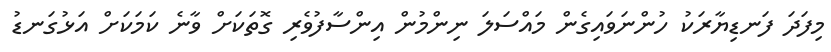
މިފަދަ ފަނޑިޔާރަކު ހުންނަވައިގެން މައްސަލަ ނިންމުން އިންސާފުވެރި ގޮތަކަށް ވާނެ ކަމަކަށް އަޅުގަނޑު